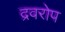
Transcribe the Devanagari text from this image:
द्रवरोप